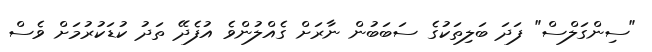
"ސިންގަލްސް" ފަދަ ބަލިތަކުގެ ސަބަބުން ނާރަށް ގެއްލުންވެ އުފެދޭ ތަދު ކުޑަކުރުމަށް ވެސް